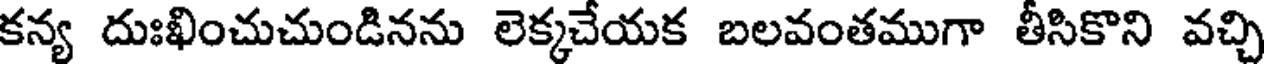
కన్య దుఃఖించుచుండినను లెక్కచేయక బలవంతముగా తీసికొని వచ్చి